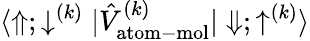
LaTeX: {\langle\Uparrow;\downarrow^{(k)}|\hat{V}_{\mathrm{atom-mol}}^{(k)}|\Downarrow;\uparrow^{(k)}\rangle}